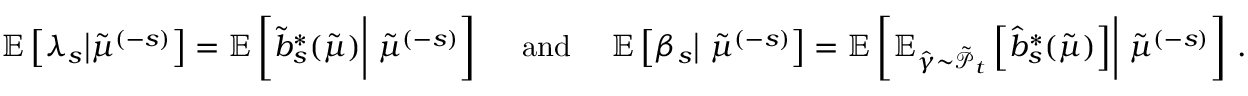
\begin{array} { r } { \mathbb { E } \left[ \lambda _ { s } \big | \tilde { \mu } ^ { ( - s ) } \right] = \mathbb { E } \left[ \tilde { b } _ { s } ^ { * } ( \tilde { \mu } ) \biggr | \ \tilde { \mu } ^ { ( - s ) } \right] \quad \mathrm { ~ a n d ~ } \quad \mathbb { E } \left[ \beta _ { s } \big | \ \tilde { \mu } ^ { ( - s ) } \right] = \mathbb { E } \left[ \mathbb { E } _ { \hat { \gamma } \sim \tilde { \mathcal { P } } _ { t } } \left[ \hat { b } _ { s } ^ { * } ( \tilde { \mu } ) \right] \biggr | \ \tilde { \mu } ^ { ( - s ) } \right] \, . } \end{array}